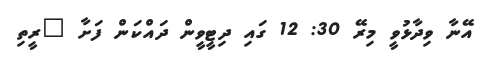
އޭނާ ވިދާޅުވީ މިރޭ 30: 12 ގައި ދިޓީވީން ދައްކަން ފަށާ "ރީތި